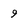
Character: 9